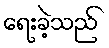
ရေးခဲ့သည်